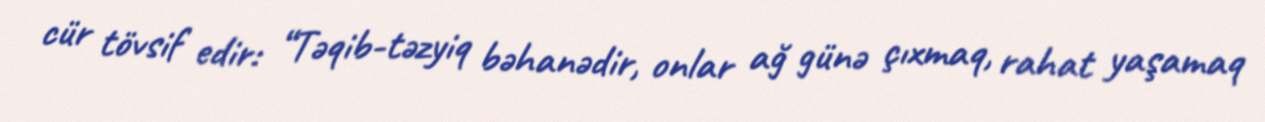
cür tövsif edir: “Təqib-təzyiq bəhanədir, onlar ağ günə çıxmaq, rahat yaşamaq